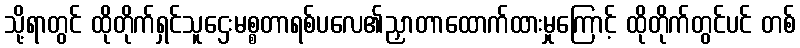
သို့ရာတွင် ထိုတိုက်ရှင်သူဌေးမစ္စတာရစ်ပလေ၏ညှာတာထောက်ထားမှုကြောင့် ထိုတိုက်တွင်ပင် တစ်